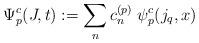
LaTeX: \begin{align*}\Psi_{p}^c (J ,t) := \sum_n c_n^{(p)}\;\psi_{p}^c (j_q, x)\end{align*}